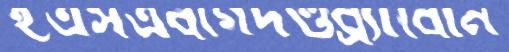
ইএসএবাগদণ্ডব্র্যাবোর্ন